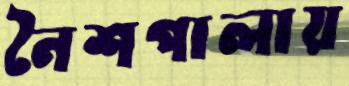
নৈশপালায়